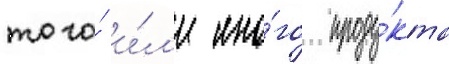
того́ и́л'и ино́го проду́кта